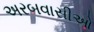
અરબવાસીઓ